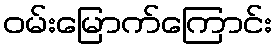
ဝမ်းမြောက်ကြောင်း